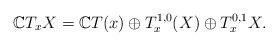
LaTeX: \begin{align*}\mathbb CT_xX=\mathbb CT(x)\oplus T_x^{1,0}(X)\oplus T_x^{0,1}X.\end{align*}